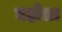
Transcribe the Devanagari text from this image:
घहोता